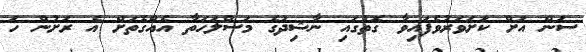
ސަން އަށް ކަށަވަރުވެފައިވާ ގޮތުގައި ނާޝިދުގެ މަސްލަހަތާ އެއްގޮތަށް އެ ރަށުން ހަ